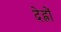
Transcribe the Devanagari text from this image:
देह्रों